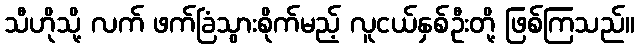
သီဟိုသို့ လက် ဖက်ခြံသွားစိုက်မည့် လူငယ်နှစ်ဦးတို့ ဖြစ်ကြသည်။